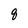
Character: 8